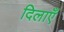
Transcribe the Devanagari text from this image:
दिलाएँ